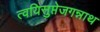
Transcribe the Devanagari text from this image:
त्वयिसुप्तेजगन्नाथ